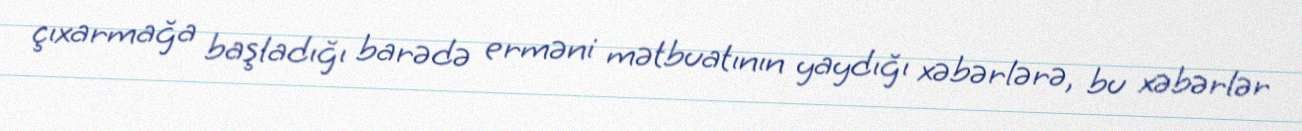
çıxarmağa başladığı barədə erməni mətbuatının yaydığı xəbərlərə, bu xəbərlər